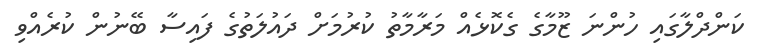
ކަންދްލާގައި ހުންނަ ޒޫމާގެ ގެކޮޅެއް މަރާމާތު ކުރުމަށް ދައުލަތުގެ ފައިސާ ބޭނުން ކުރެއްވި